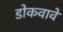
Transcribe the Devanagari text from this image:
डोकवावे